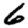
Digit: 6